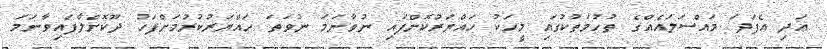
އަދި އެފަދަ މައްސަލައެއްގެ ތުހުމަތުކުގައި މީހަކު ހައްޔަރުކޮށްފައި ނުވާނަމަ ނުވަތަ ހައްޔަރުކުރުމަށްފަހު ދޫކޮށްލާފައިވާނަމަ